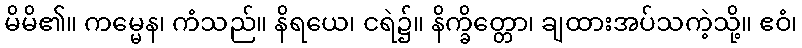
မိမိ၏။ ကမ္မေန၊ ကံသည်။ နိရယေ၊ ငရဲ၌။ နိက္ခိတ္တော၊ ချထားအပ်သကဲ့သို့။ ဧဝံ၊